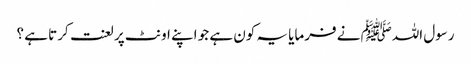
رسول اللہﷺ نے فرمایا یہ کون ہے جو اپنے اونٹ پر لعنت کرتا ہے ؟